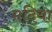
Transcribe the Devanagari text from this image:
मदिया